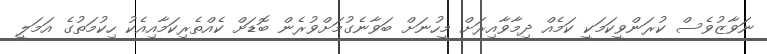
ނަވާޒުވެސް ކުރަންވީކަމަކީ ކަމެއް ދިމާވާއިރަށް މީހުނަށް ބަވާނެގުމަށްވުރެން ބޮޑަށް ކެއްތެރިކަމާއިއެކު ހިކުމަތުގެ އަމަލީ